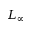
L _ { \infty }